Indian journal of veterinary science and animal husbandry - Volume 5,
Year: 1935
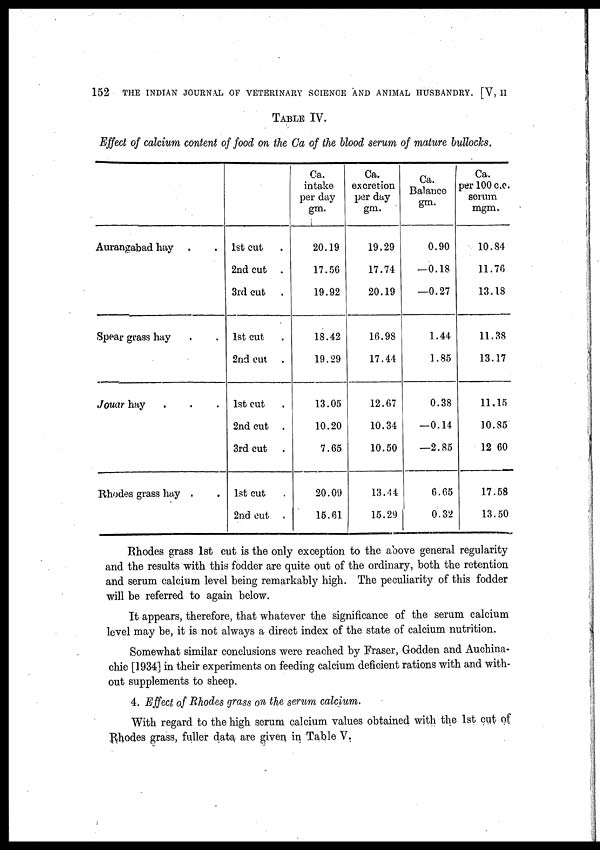
152
THE INDIAN JOURNAL OF VETERINARY SCIENCE AND ANIMAL HUSBANDRY. [V, II
TABLE IV.
Effect of calcium content of food on the Ca of the blood serum of mature bullocks.
Aurangabad hay . .
Spear grass hay . .
Jouar hay . . .
Rhodes grass hay . .
1st cut .
2nd cut .
3rd cut .
1st cut .
2nd cut .
1st cut .
2nd cut .
3rd cut .
1st cut .
2nd cut .
Ca.
intake
per day
gm.
20.19
17.56
19.92
18.42
19.29
13.05
10.20
7.65
20.09
15.61
Ca.
excretion
per day
gm.
19.29
17.74
20.19
16.98
17.44
12.67
10.34
10.50
13.44
15.29
Ca.
Balance
gm.
0.90
—0.18
—0.27
1.44
1.85
0.38
—0.14
—2.85
6.65
0.32
Ca.
per 100 c.c.
serum
mgm.
10.84
11.76
13.18
11.38
13.17
11.15
10.85
12.60
17.58
13.50
Rhodes grass 1st cut is the only exception to the above general regularity
and the results with this fodder are quite out of the ordinary, both the retention
and serum calcium level being remarkably high. The peculiarity of this fodder
will be referred to again below.
It appears, therefore, that whatever the significance of the serum calcium
level may be, it is not always a direct index of the state of calcium nutrition.
Somewhat similar conclusions were reached by Fraser, Godden and Auchina¬
chie [1934] in their experiments on feeding calcium deficient rations with and with-
out supplements to sheep.
4. Effect of Rhodes grass on the serum calcium.
With regard to the high serum calcium values obtained with the 1st cut of
Rhodes grass, fuller data are given in Table V.